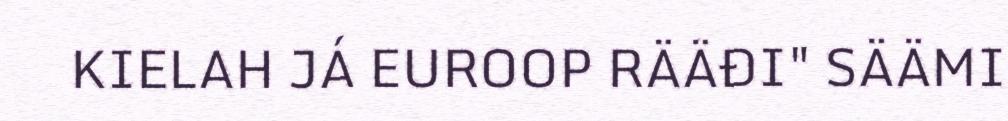
KIELAH JÁ EUROOP RÄÄĐI" SÄÄMI